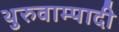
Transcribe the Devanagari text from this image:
थुरुवाम्पादी